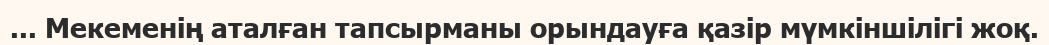
... Мекеменің аталған тапсырманы орындауға қазір мүмкіншілігі жоқ.